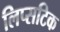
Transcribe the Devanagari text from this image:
लिप्सटिक